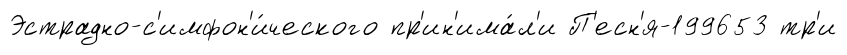
Эстрадно-с'имфон'и́ческого пр'ин'има́л'и П'есн'я-199653 тр'и